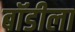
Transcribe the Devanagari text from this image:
बॉडीला